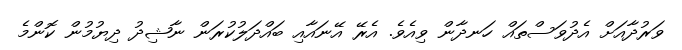
ވަރުދާއަށް އެދުވަސްތައް ހަނދާން ވިއެވެ. އެރޭ އޭނައާއި ބައްދަލުކުރަން ނާޝިދު ދިޔުމުން ކޮންމެ